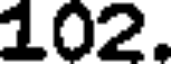
102.